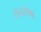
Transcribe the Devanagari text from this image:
सतरंगा